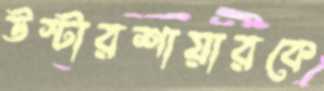
উস্টারশায়ারকে